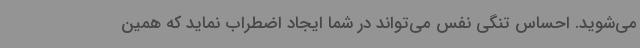
می‌شوید. احساس تنگی نفس می‌تواند در شما ایجاد اضطراب نماید که همین